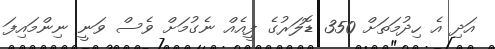
އަދި އެ ހިދުމަތަށް 350 ޑޮލަރުގެ ފީއެއް ނެގުމަށް ވެސް ވަނީ ނިންމައިފަ